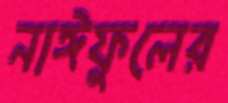
নাঈফুলের